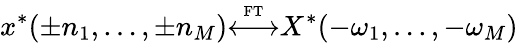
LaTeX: x^{*}(\pm n_{1},\ldots,\pm n_{M}){\overset{\underset{\mathrm{FT}}{}}{\longleftrightarrow}}X^{*}(-\omega_{1},\ldots,-\omega_{M})